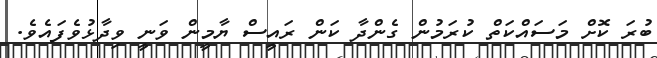
ބުރަ ކޮށް މަސައްކަތް ކުރަމުން ގެންދާ ކަން ރައީސް ޔާމީން ވަނީ ވިދާޅުވެފައެވެ.